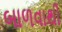
બાળવાથી